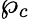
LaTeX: \wp_{c}